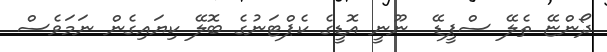
ދޯންޏޭ ތެލޭ ސްޕީޑޭ  ނޫނީ އޮޑީގެ ކެޕްޓަނުގެ ބޮލޭ ކިޔައިގެން ނަމަވެސް